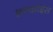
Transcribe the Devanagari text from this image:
फ़्रन्कोईस